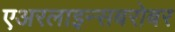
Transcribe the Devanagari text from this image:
एअरलाइन्सबरोबर